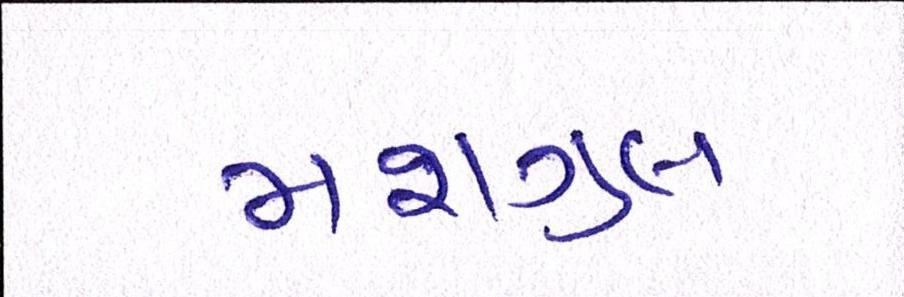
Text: મશગુલ